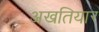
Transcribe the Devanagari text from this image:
अखतियार